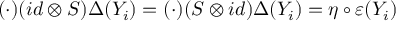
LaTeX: ( \cdot ) ( i d \otimes S ) \Delta ( Y _ { i } ) = ( \cdot ) ( S \otimes i d ) \Delta ( Y _ { i } ) = \eta \circ \varepsilon ( Y _ { i } )